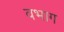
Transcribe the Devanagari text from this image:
वभाग